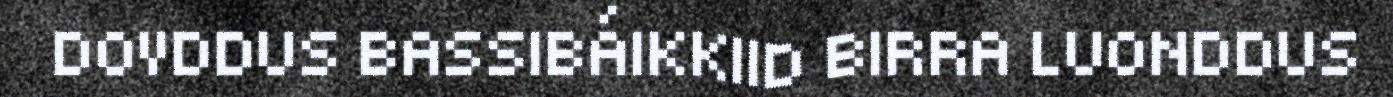
DOVDDUS BASSIBÁIKKIID BIRRA LUONDDUS